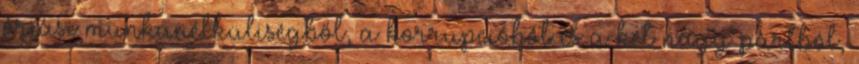
óriási munkanélküliségből, a korrupcióból és a két nagy pártból,